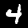
Label: 4